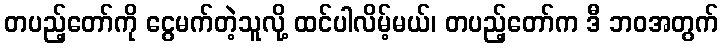
တပည့်တော်ကို ငွေမက်တဲ့သူလို့ ထင်ပါလိမ့်မယ်၊ တပည့်တော်က ဒီ ဘဝအတွက်